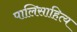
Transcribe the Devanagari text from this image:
पालिसाहित्य